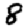
Digit: 8